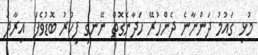
މުޅި ގައުމު ދަންނާނެ ދެންހުރޭ ހަދާނެގޮތް ނޭނގި ފިކުރު ބޮޑުވެފަ  އިރާދަ